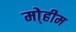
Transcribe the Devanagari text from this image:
मो्हीम